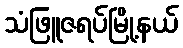
သံဖြူဇရပ်မြို့နယ်